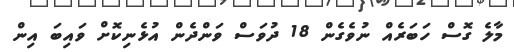
މާލެ ގޮސް ހަބަރެއް ނުވެގެން 18 ދުވަސް ވަންދެން އުޅެނިކޮށް ވައިބަ އިން